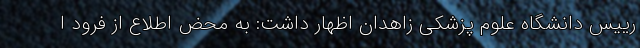
رییس دانشگاه علوم پزشکی زاهدان اظهار داشت: به محض اطلاع از فرود ا